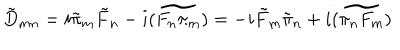
\tilde { D } _ { m n } = i \tilde { \pi } _ { m } \tilde { F } _ { n } - i \widetilde { ( F _ { n } \pi _ { m } ) } = - i \tilde { F } _ { m } \tilde { \pi } _ { n } + i \widetilde { ( \pi _ { n } F _ { m } ) }